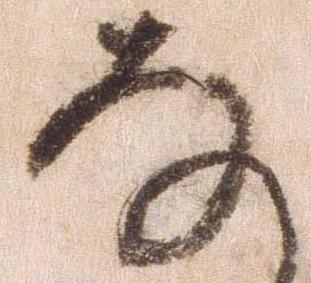
な